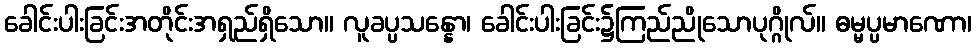
ခေါင်းပါးခြင်းအတိုင်းအရှည်ရှိသော။ လူခပ္ပသန္နော၊ ခေါင်းပါးခြင်း၌ကြည်ညိုသောပုဂ္ဂိုလ်။ ဓမ္မပ္ပမာဏော၊